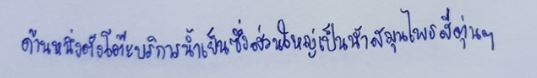
ด้านหนึ่งตั้งโต๊ะบริการน้ำเย็นซึ่งส่วนใหญ่เป็นน้ำสมุนไพรสีตุ่นๆ